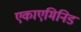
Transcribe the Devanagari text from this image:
एकाएमिनिड